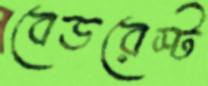
বেডরেস্ট